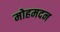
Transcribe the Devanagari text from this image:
मोहमदन